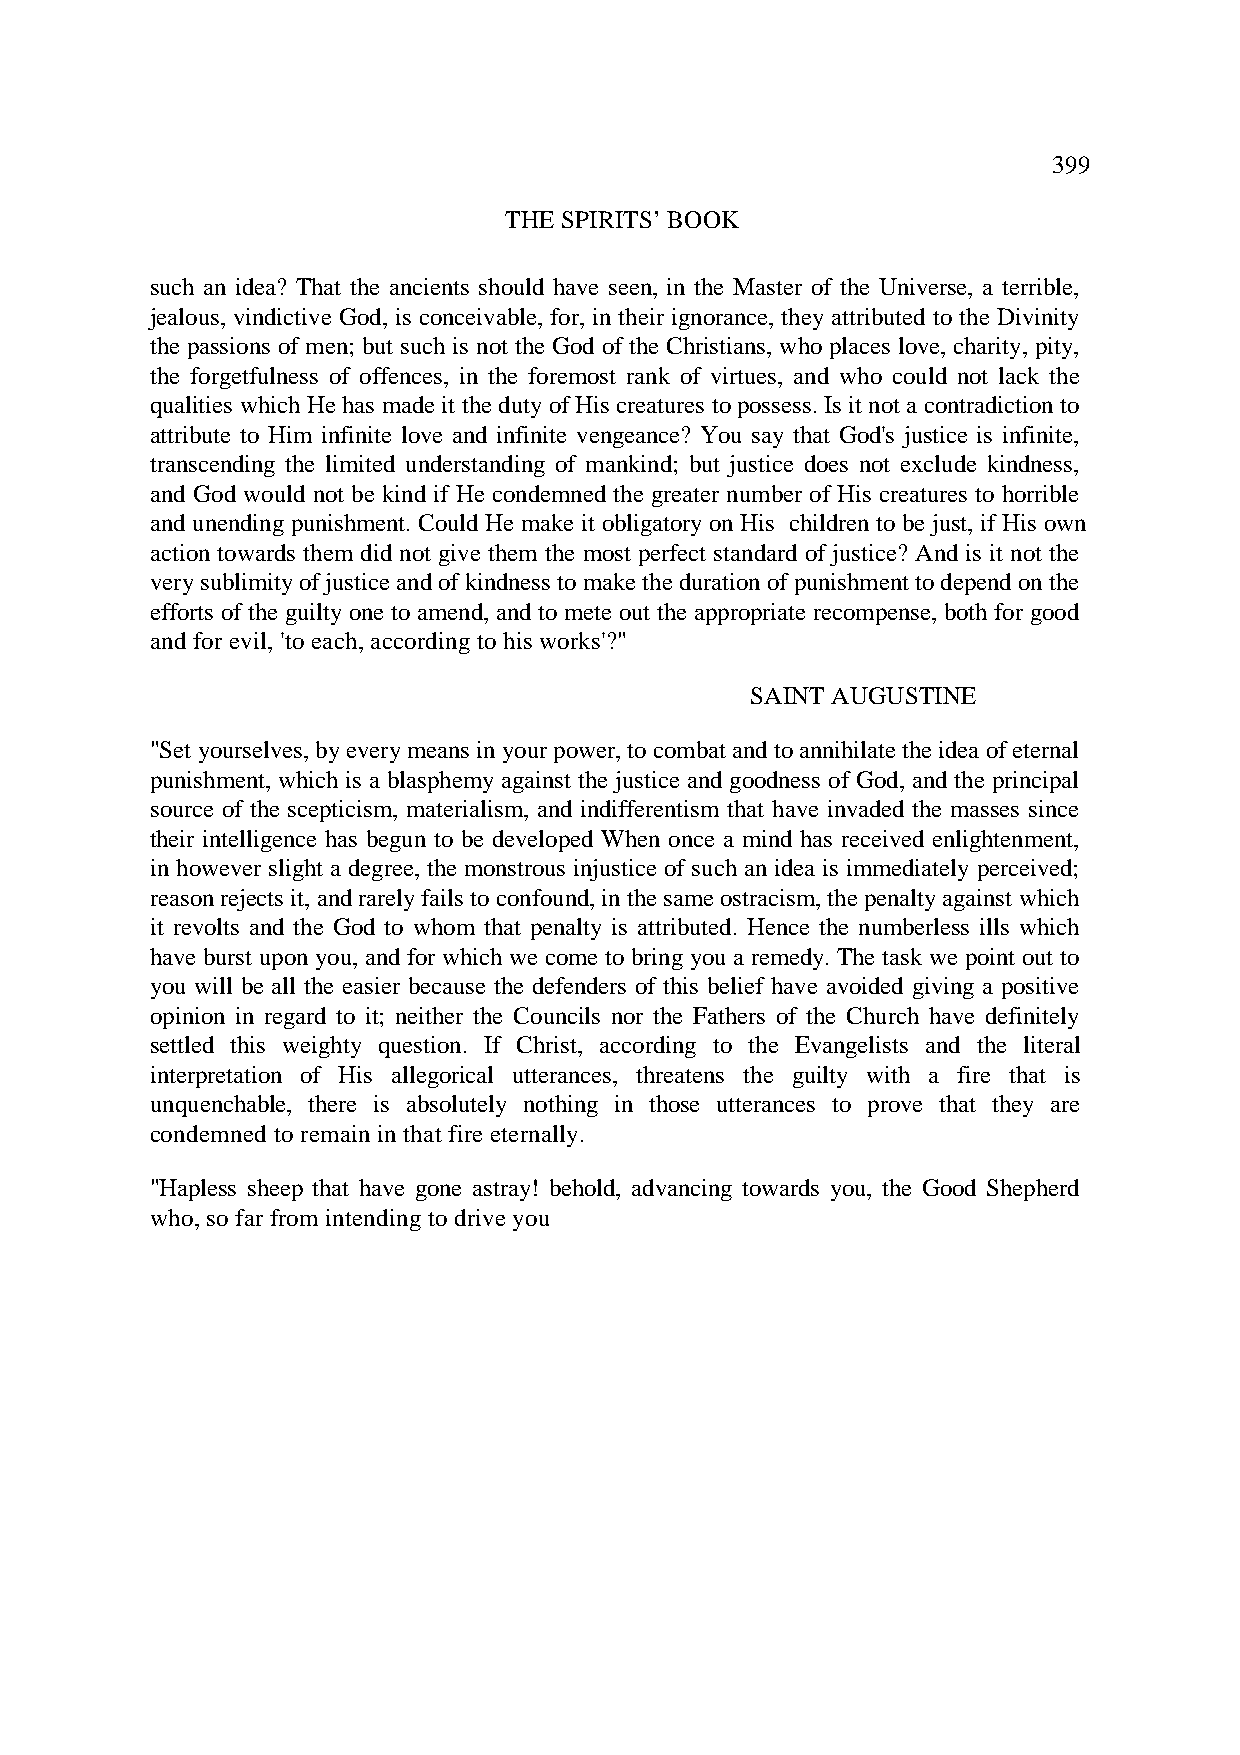
399
 THE SPIRITS’ BOOK
 such an idea? That the ancients should have seen, in the Master of the Universe, a terrible,
 jealous, vindictive God, is conceivable, for, in their ignorance, they attributed to the Divinity
 the passions of men; but such is not the God of the Christians, who places love, charity, pity,
 the forgetfulness of offences, in the foremost rank of virtues, and who could not lack the
 qualities which He has made it the duty of His creatures to possess. Is it not a contradiction to
 attribute to Him infinite love and infinite vengeance? You say that God's justice is infinite,
 transcending the limited understanding of mankind; but justice does not exclude kindness,
 and God would not be kind if He condemned the greater number of His creatures to horrible
 and unending punishment. Could He make it obligatory on His children to be just, if His own
 action towards them did not give them the most perfect standard of justice? And is it not the
 very sublimity of justice and of kindness to make the duration of punishment to depend on the
 efforts of the guilty one to amend, and to mete out the appropriate recompense, both for good
 and for evil, 'to each, according to his works'?"
 SAINT AUGUSTINE
 "Set yourselves, by every means in your power, to combat and to annihilate the idea of eternal
 punishment, which is a blasphemy against the justice and goodness of God, and the principal
 source of the scepticism, materialism, and indifferentism that have invaded the masses since
 their intelligence has begun to be developed When once a mind has received enlightenment,
 in however slight a degree, the monstrous injustice of such an idea is immediately perceived;
 reason rejects it, and rarely fails to confound, in the same ostracism, the penalty against which
 it revolts and the God to whom that penalty is attributed. Hence the numberless ills which
 have burst upon you, and for which we come to bring you a remedy. The task we point out to
 you will be all the easier because the defenders of this belief have avoided giving a positive
 opinion in regard to it; neither the Councils nor the Fathers of the Church have definitely
 settled this weighty question. If Christ, according to the Evangelists and the literal
 interpretation of His allegorical utterances, threatens the guilty with a fire that is
 unquenchable, there is absolutely nothing in those utterances to prove that they are
 condemned to remain in that fire eternally.
 "Hapless sheep that have gone astray! behold, advancing towards you, the Good Shepherd
 who, so far from intending to drive you